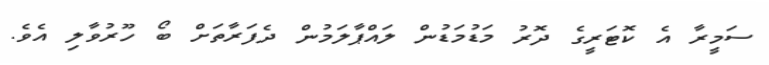
ސަމީރާ އެ ކޮޓަރީގެ ދޮރު މަޑުމަޑުން ލައްޕާލަމުން ދެފަރާތަށް ބޯ ހޫރުވާލި އެވެ.